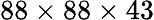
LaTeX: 88\times 88\times 43